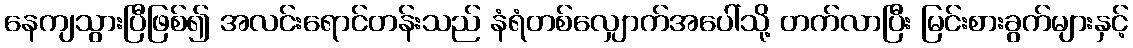
နေကျသွားပြီဖြစ်၍ အလင်းရောင်တန်းသည် နံရံတစ်လျှောက်အပေါ်သို့ တက်လာပြီး မြင်းစားခွက်များနှင့်